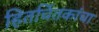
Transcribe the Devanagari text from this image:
हितचिंतकांचा